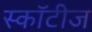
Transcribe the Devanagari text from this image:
स्कॉटीज